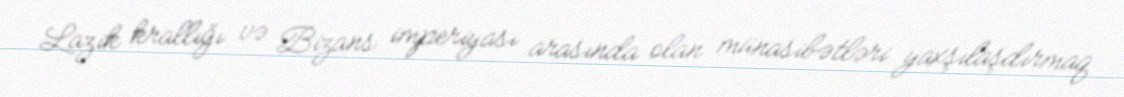
Lazik krallığı və Bizans imperiyası arasında olan münasibətləri yaxşılaşdırmaq